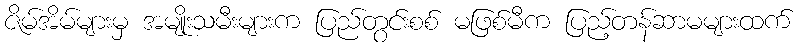
ဇိမ်အိမ်များမှ အမျိုးသမီးများက ပြည်တွင်းစစ် မဖြစ်မီက ပြည့်တန်ဆာမများထက်